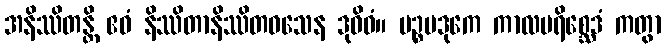
အနိဿိတန္တိ ဧဝံ နိဿိတာနိဿိတဝသေန ဒုဝိဓံ။ ပဉ္စမဒုကေ ကာလပရိစ္ဆေဒံ ကတွာ